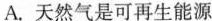
A.天然气是可再生能源